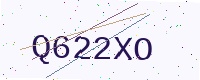
Text: Q622XO